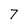
Character: 7